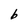
Character: b